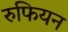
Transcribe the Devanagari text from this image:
रुफियन